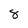
Character: 8